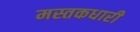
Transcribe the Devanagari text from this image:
मस्तकधारी